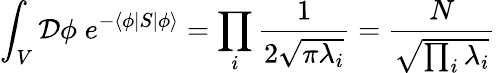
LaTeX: \int_{V}{\mathcal{D}}\phi\; e^{-\langle\phi|S|\phi\rangle}=\prod_{i}{\frac{1}{2{\sqrt{\pi\lambda_{i}}}}}={\frac{N}{\sqrt{\prod_{i}\lambda_{i}}}}